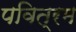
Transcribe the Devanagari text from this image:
पवित्रम